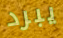
يبرد